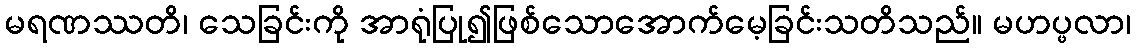
မရဏဿတိ၊ သေခြင်းကို အာရုံပြု၍ဖြစ်သောအောက်မေ့ခြင်းသတိသည်။ မဟပ္ဖလာ၊